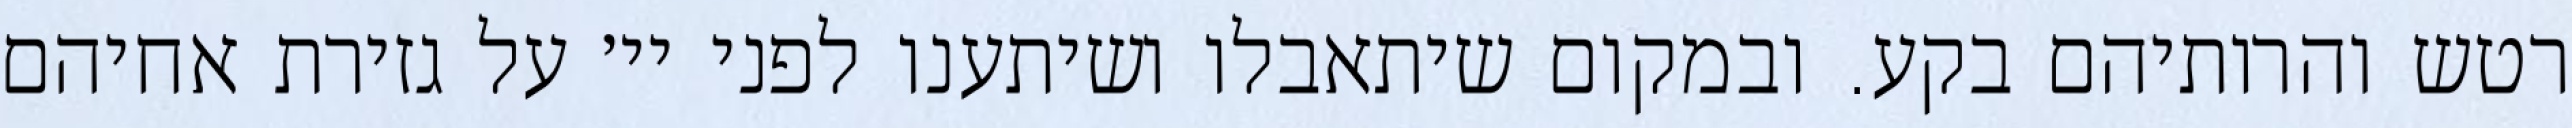
רטש והרותיהם בקע. ובמקום שיתאבלו ושיתענו לפני יי׳ על גזירת אחיהם